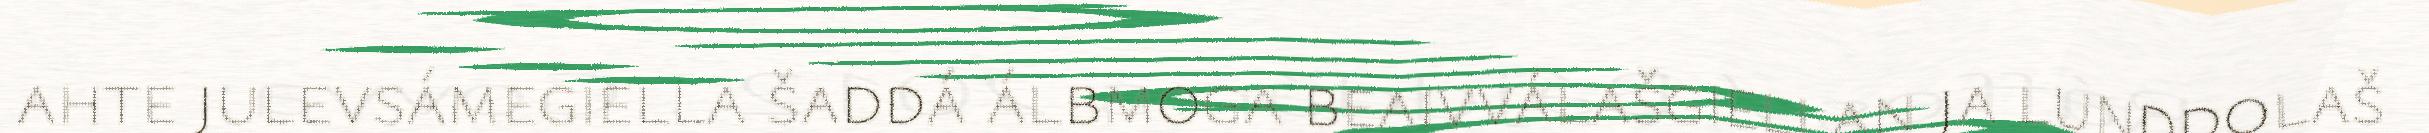
ahte julevsámegiella šaddá álbmoga beaivválašgiellan ja lunddolaš